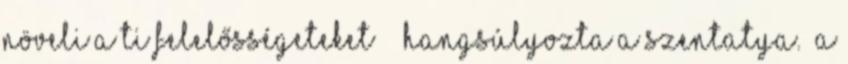
növeli a ti felelősségeteket” – hangsúlyozta a Szentatya. „A